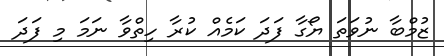
ޒުމްބާ ނުވަތަ ޔޯގާ ފަދަ ކަމެއް ކުރާ ހިތްވާ ނަމަ މި ފަދަ